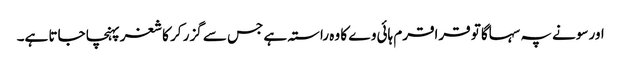
اور سونے پہ سہاگا تو قراقرم ہائی وے کا وہ راستہ ہے جس سے گزر کر کاشغر پہنچا جاتا ہے۔